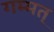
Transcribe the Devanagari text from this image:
गम्मत्